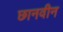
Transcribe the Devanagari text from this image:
छानवीन